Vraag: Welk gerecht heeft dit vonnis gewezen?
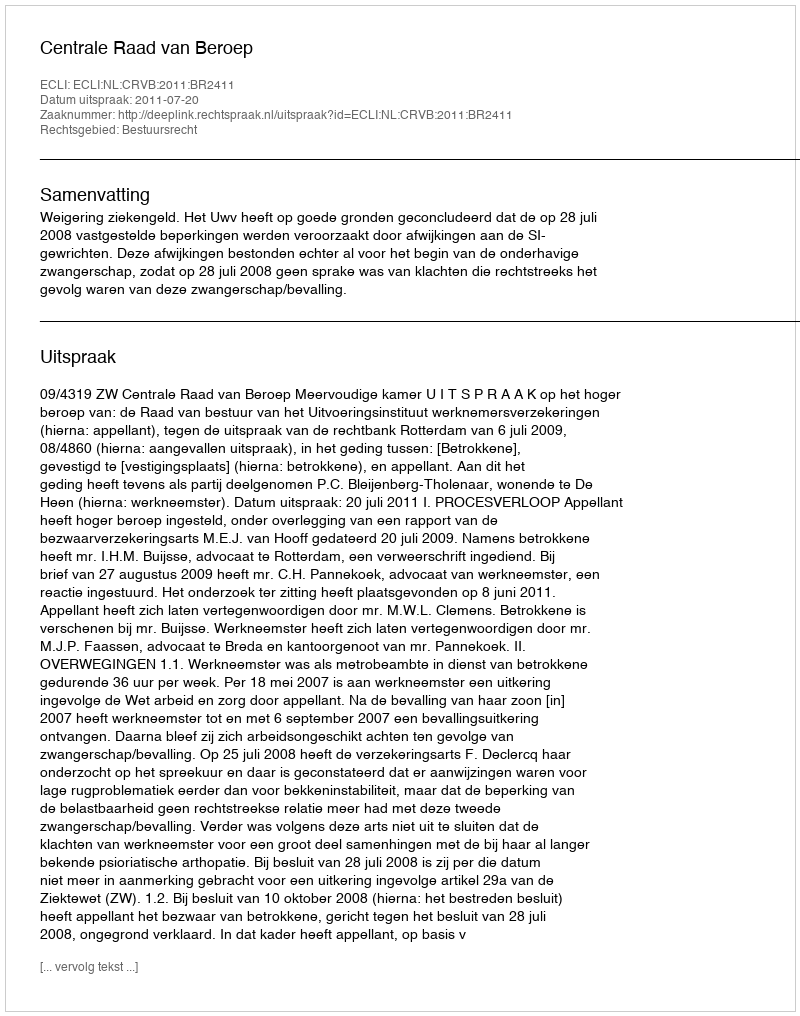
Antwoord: Centrale Raad van Beroep